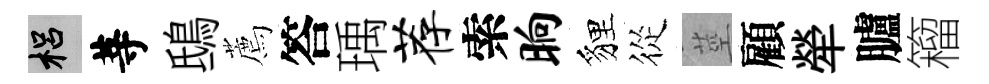
梠䓁鴟薦答瑀荐索晌貍從莖顧犖臚籕